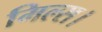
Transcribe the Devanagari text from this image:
मिल्स।